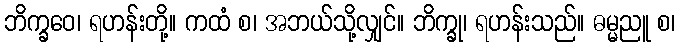
ဘိက္ခဝေ၊ ရဟန်းတို့။ ကထံ စ၊ အဘယ်သို့လျှင်။ ဘိက္ခု၊ ရဟန်းသည်။ ဓမ္မညူ စ၊